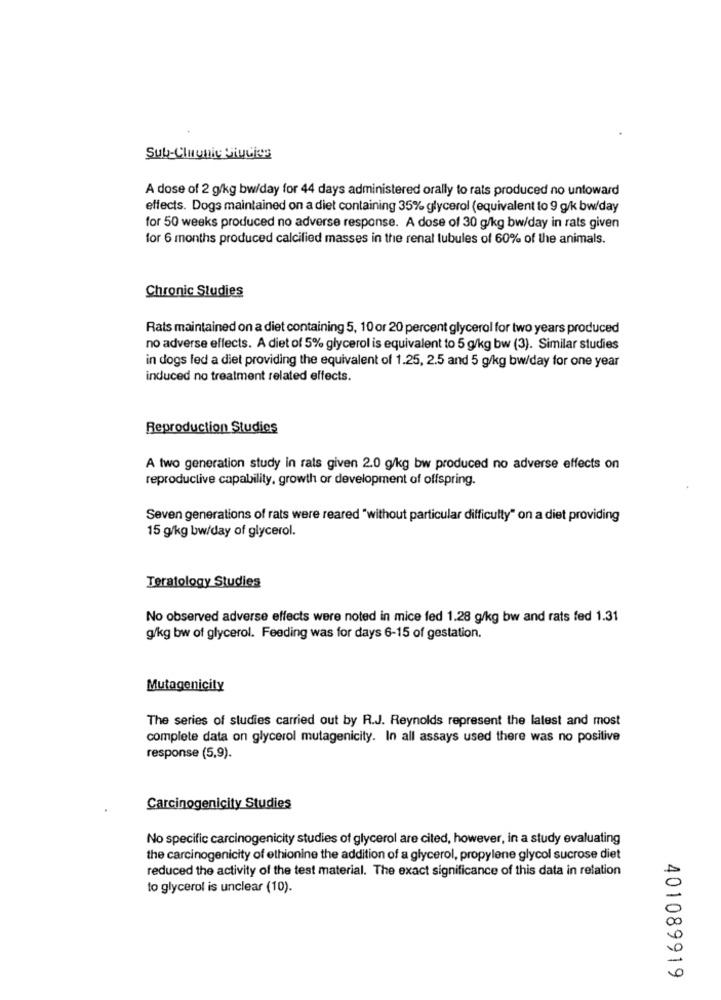
Sub-Clubic Studies
A dose of 2 g/kg bw/day for 44 days administered orally to rats produced no untoward
effects. Dogs maintained on a diet containing 35% glycerol (equivalent to 9 g/k bw/day
for 50 weeks produced no adverse response. A dose of 30 g/kg bw/day in rats given
for 6 months produced calcified masses in the renal tubules of 60% of the animals.
Chronic Studies
Rats maintained on a diet containing 5, 10 or 20 percent glycerol for two years produced
no adverse effects. A diet of 5% glycerol is equivalent to 5 g/kg bw (3). Similar studies
in dogs led a diet providing the equivalent of 1.25, 2.5 and 5 g/kg bw/day for one year
induced no treatment related effects.
Reproduction Studies
A two generation study in rats given 2.0 g/kg bw produced no adverse effects on
reproductive capability, growth or development of offspring.
Seven generations of rats were reared "without particular difficulty" on a diet providing
15 g/kg bw/day of glycerol.
Teratology Studies
No observed adverse effects were noted in mice fed 1.28 g/kg bw and rats fed 1.31
g/kg bw of glycerol. Feeding was for days 6-15 of gestation.
Mutagenicity
The series of studies carried out by R.J. Reynolds represent the latest and most
complete data on glycerol mutagenicity. In all assays used there was no positive
response (5,9).
Carcinogenicity Studies
No specific carcinogenicity studies of glycerol are cited, however, in a study evaluating
the carcinogenicity of ethionine the addition of a glycerol, propylene glycol sucrose diet
reduced the activity of the test material. The exact significance of this data in relation
to glycerol is unclear (10).
401089919